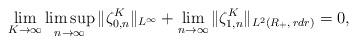
LaTeX: \begin{align*}\lim_{K\to\infty}\limsup_{n\to\infty}\|\zeta^K_{0,n}\|_{L^{\infty}}+\lim_{n\to\infty}\|\zeta^K_{1,n}\|_{L^2(R_+,\,rdr)}= 0,\end{align*}